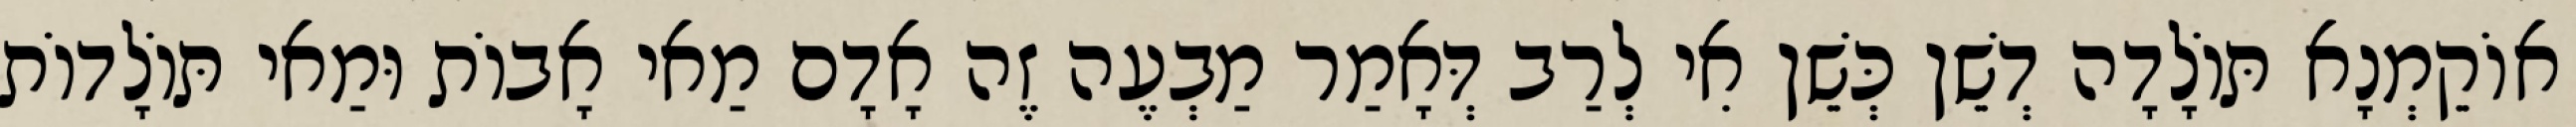
אוֹקֵמְנָא תּוֹלָדָה דְשֵׁן כְּשֵׁן אִי לְרַב דְּאָמַר מַבְעֶה זֶה אָדָם מַאי אָבוֹת וּמַאי תּוֹלָדוֹת